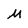
Character: M